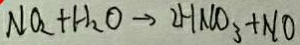
N O _ { 2 } + H _ { 2 } O \rightarrow 2 H N O _ { 3 } + N O